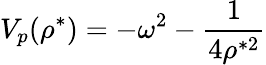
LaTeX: V_{p}(\rho^{*})=-\omega^{2}-\frac{1}{4\rho^{*2}}